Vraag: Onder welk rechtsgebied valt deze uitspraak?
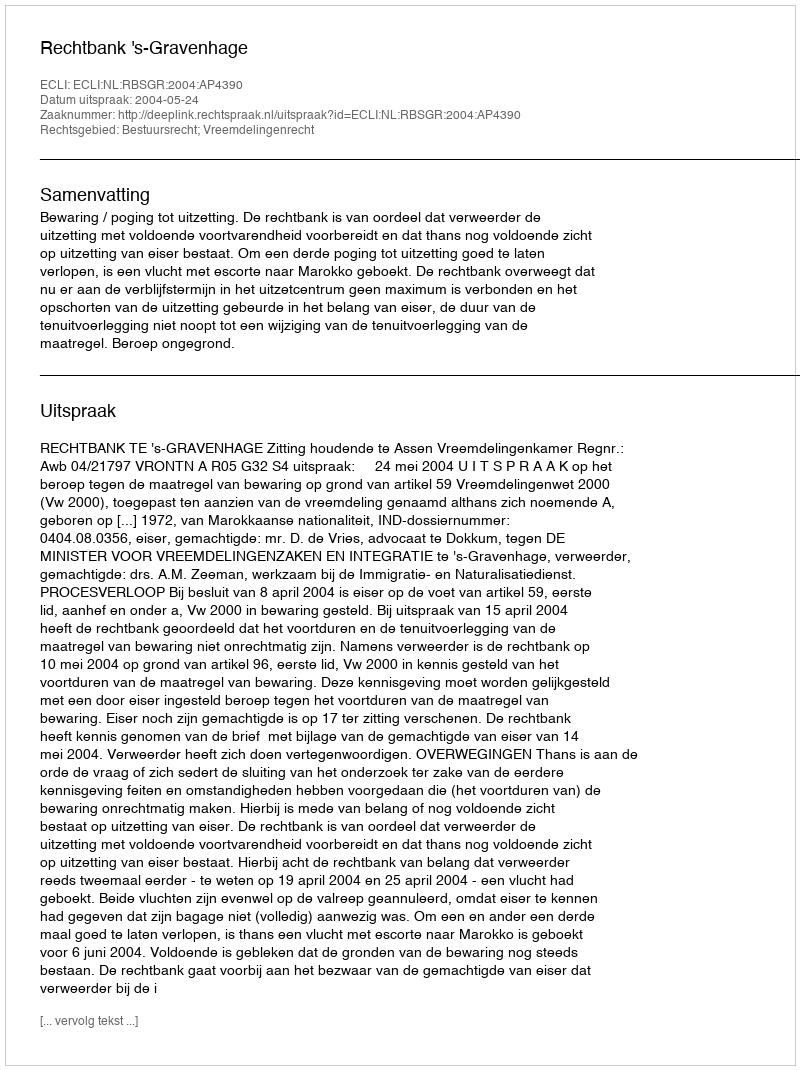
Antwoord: Bestuursrecht; Vreemdelingenrecht